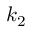
k _ { 2 }